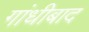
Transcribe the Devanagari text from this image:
गांधीबाद